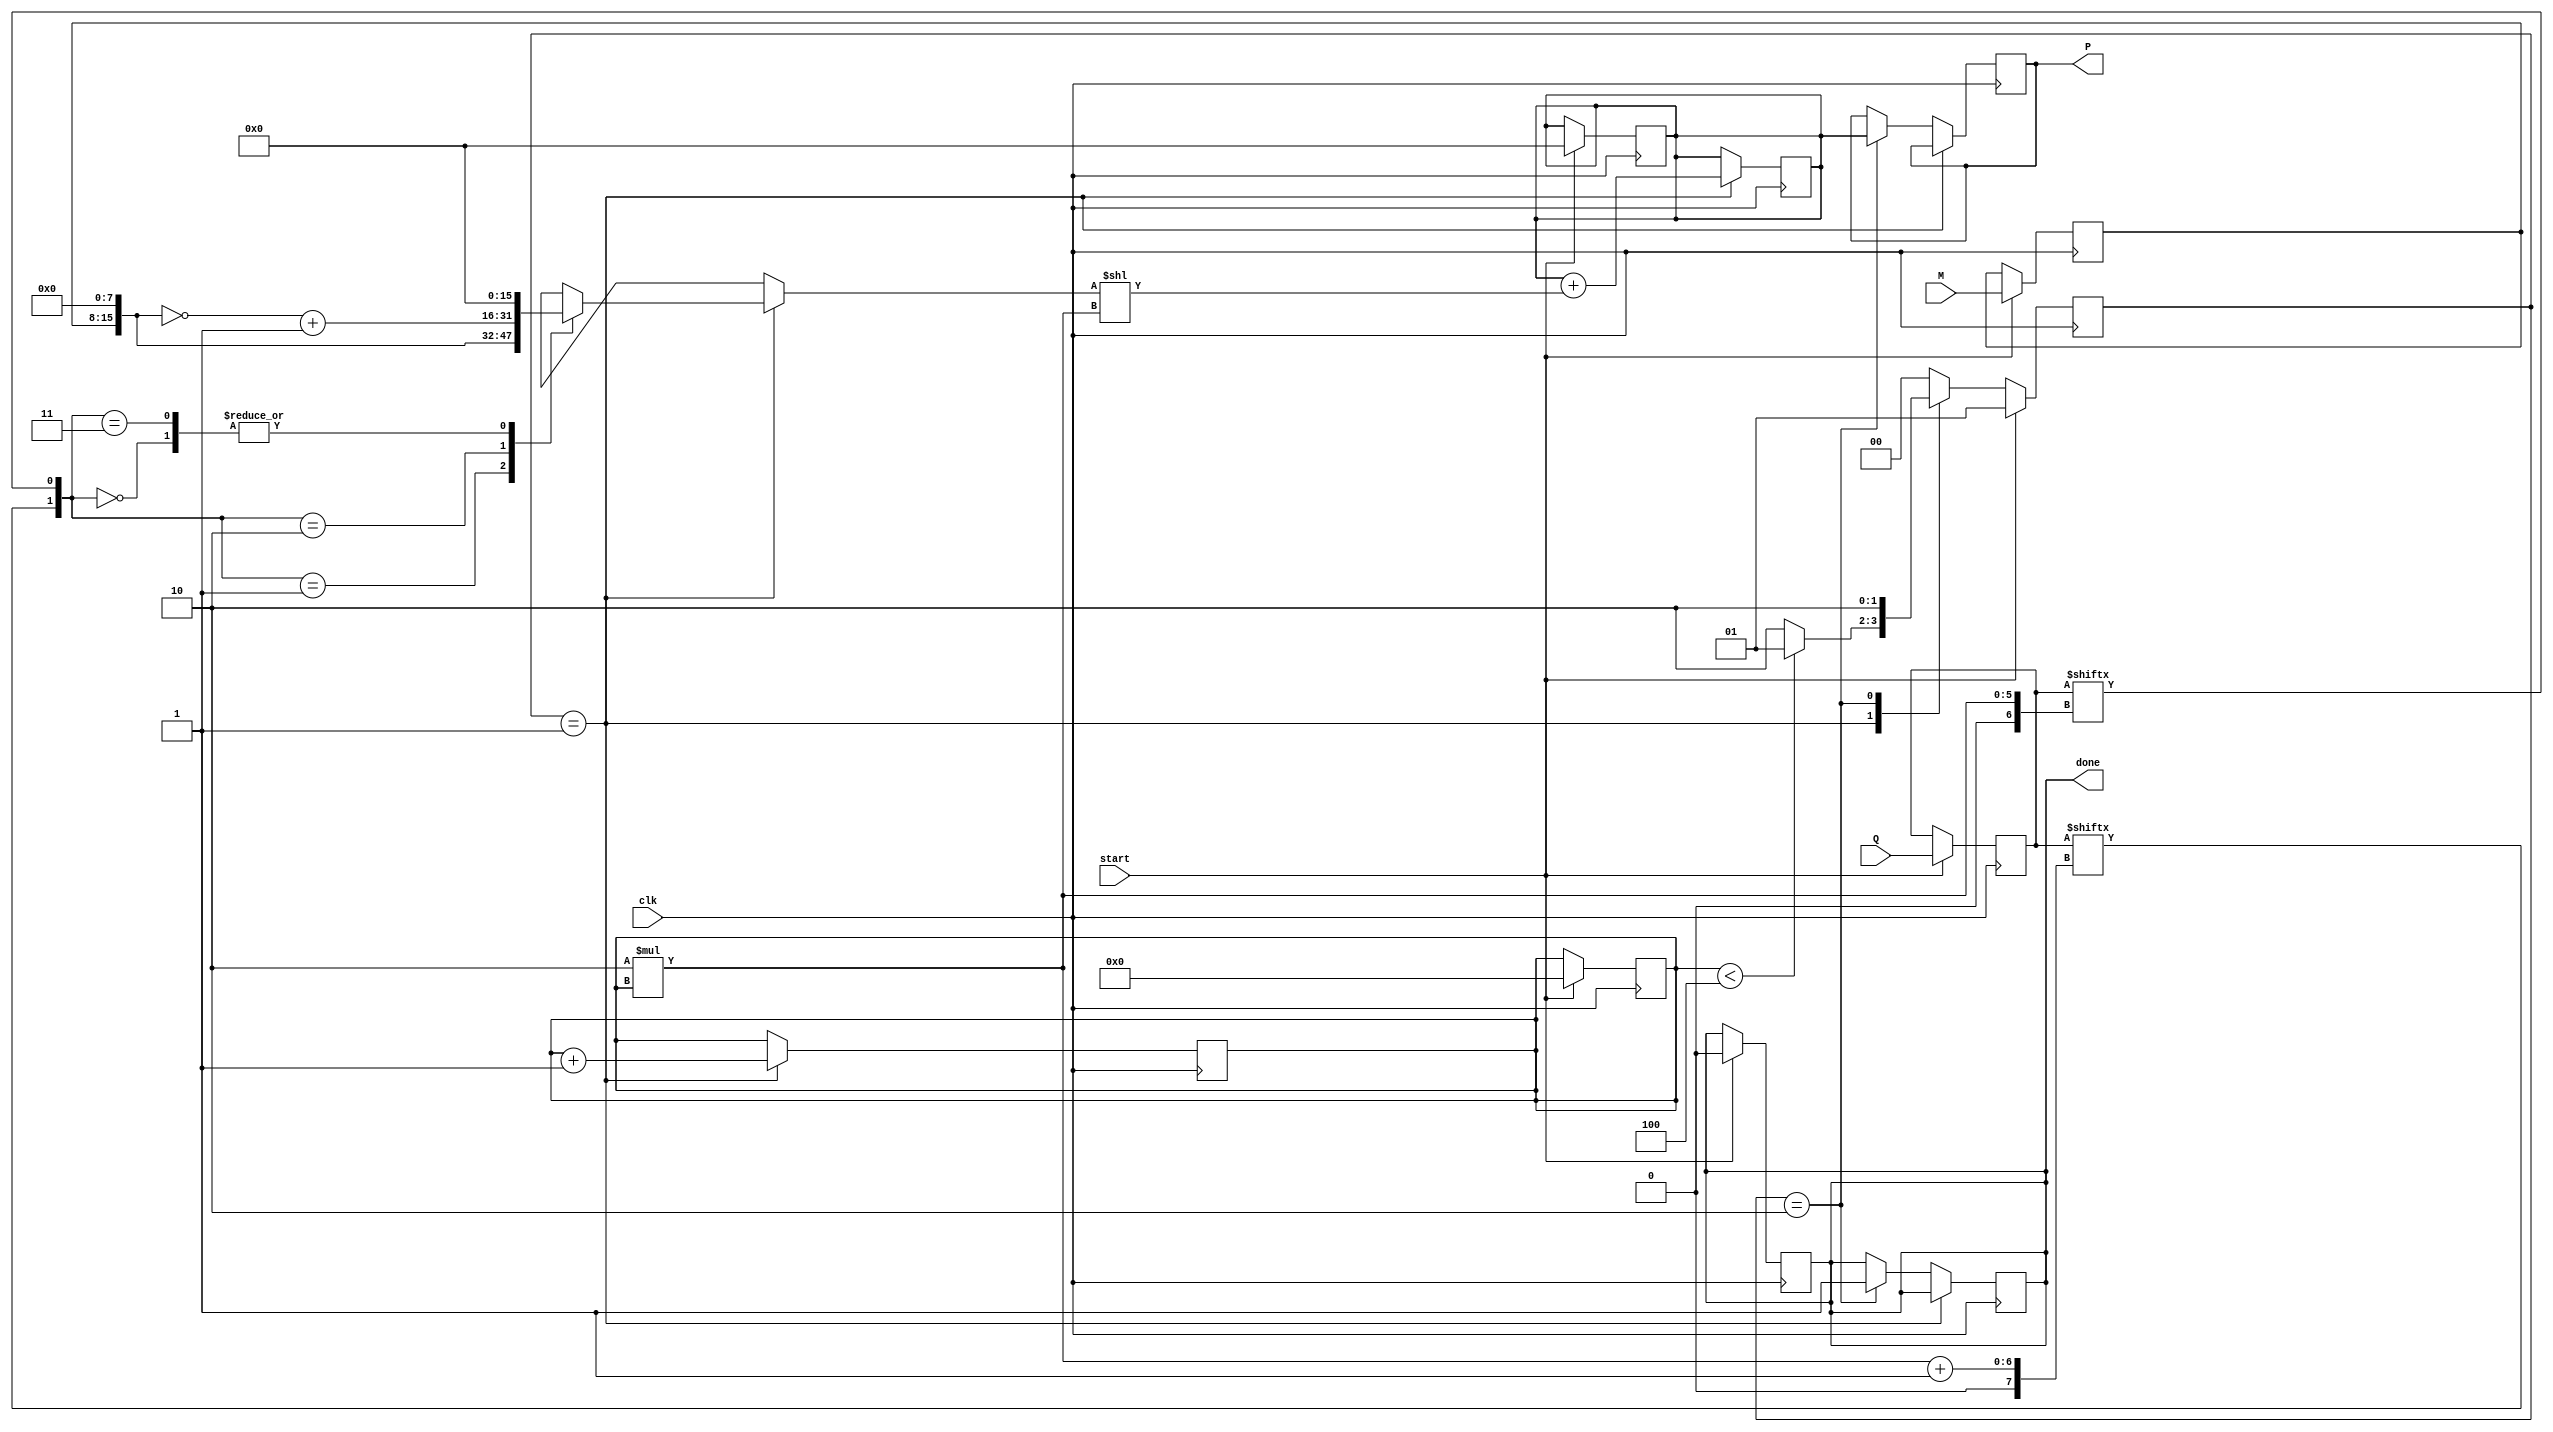
module radix4_multiplier #(parameter N = 8) (
    input wire [N-1:0] M,        // Multiplicand
    input wire [N-1:0] Q,        // Multiplier
    input wire clk,              // Clock signal
    input wire start,            // Start signal
    output reg [2*N-1:0] P,      // Product output
    output reg done              // Done signal
);

    reg [N-1:0] Q_reg;           // Register for multiplier
    reg [N-1:0] M_reg;           // Register for multiplicand
    reg [2*N-1:0] P_acc;         // Accumulator for partial products
    reg [2*N-1:0] PP;            // Partial product
    reg [2*N-1:0] P_shifted;     // Shifted product
    reg [3:0] count;             // Count for cycles
    reg [1:0] QiQi_1;            // Current and previous bits of Q

    // State machine states
    localparam IDLE = 2'b00,
               PROCESS = 2'b01,
               DONE = 2'b10;
    reg [1:0] state, next_state;

    // Initial state
    initial begin
        P = 0;
        P_acc = 0;
        count = 0;
        done = 0;
        state = IDLE;
    end

    // State transition
    always @(posedge clk) begin
        if (start) begin
            state <= PROCESS;
            Q_reg <= Q;
            M_reg <= M;
            P_acc <= 0;
            count <= 0;
            done <= 0;
        end else begin
            state <= next_state;
        end
    end

    // Next state logic
    always @(*) begin
        case (state)
            IDLE: begin
                next_state = start ? PROCESS : IDLE;
            end
            PROCESS: begin
                if (count < (N + 1) / 2) begin
                    next_state = PROCESS;
                end else begin
                    next_state = DONE;
                end
            end
            DONE: begin
                next_state = DONE;
            end
            default: next_state = IDLE;
        endcase
    end

    // Main processing logic
    always @(posedge clk) begin
        if (state == PROCESS) begin
            // Get current and previous bits
            QiQi_1 = {Q_reg[2*count + 1], Q_reg[2*count]};
            case (QiQi_1)
                2'b00: PP = 0;                  // No action
                2'b01: PP = {M_reg, {N{1'b0}}}; // Generate M
                2'b10: PP = ~{M_reg, {N{1'b0}}} + 1; // Generate -M
                2'b11: PP = 0;                  // No action
            endcase

            // Accumulate partial product
            P_acc = P_acc + (PP << (2 * count));

            // Increment count
            count = count + 1;
        end else if (state == DONE) begin
            P = P_acc; // Final product
            done = 1;  // Indicate completion
        end
    end

endmodule